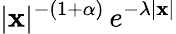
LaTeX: |\mathbf{x}|^{-(1+\alpha)}\, e^{-\lambda|\mathbf{x}|}